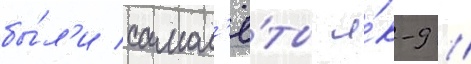
бы́л'и самол'ё́ты я́к-9 //